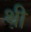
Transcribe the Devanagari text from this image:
थ़ी